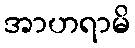
အာဟရာမိ